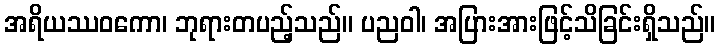
အရိယဿဝကော၊ ဘုရားတပည့်သည်။ ပညဝါ၊ အပြားအားဖြင့်သိခြင်းရှိသည်။